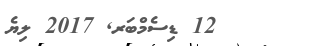
12 ޑިސެމްބަރ